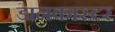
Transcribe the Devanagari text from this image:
डानकास्टर